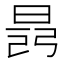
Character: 𣇎